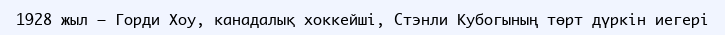
1928 жыл — Горди Хоу, канадалық хоккейші, Стэнли Кубогының төрт дүркін иегері